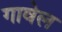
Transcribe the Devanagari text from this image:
गावेल